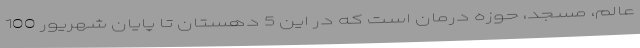
عالم، مسجد، حوزه درمان است که در این 5 دهستان تا پایان شهریور 100